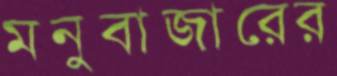
মনুবাজারের